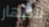
لاظهار